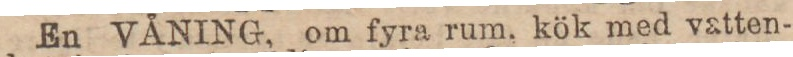
En VÅNING, om fyra rum, kök med vatten-